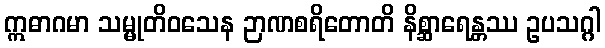
ဣဓာဂမာ သမ္မုတိဝသေန ဉာဏစရိတောတိ နိစ္ဆာရေန္တဿ ဥပသဂ္ဂါ